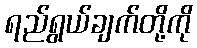
ရည်ရွယ်ချက်တို့ကို